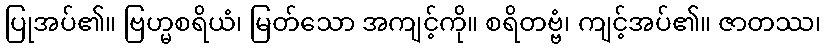
ပြုအပ်၏။ ဗြဟ္မစရိယံ၊ မြတ်သော အကျင့်ကို။ စရိတဗ္ဗံ၊ ကျင့်အပ်၏။ ဇာတဿ၊